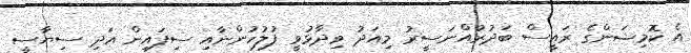
އެ ކޮމިޝަންގެ ރައީސް ބަދުރުއްނަސީރު މިއަދު ވިދާޅުވީ ފުލުހުންނާއި ސިފައިން އަދި ސިޔާސީ